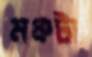
মঞ্চটা